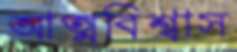
আত্মবিশ্বাস